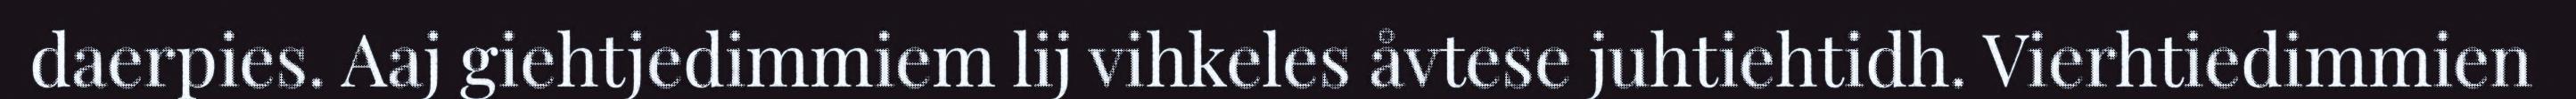
daerpies. Aaj giehtjedimmiem lij vihkeles åvtese juhtiehtidh. Vierhtiedimmien